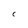
Character: C